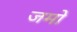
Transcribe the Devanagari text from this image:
जमो